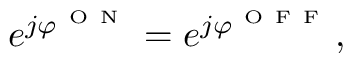
e ^ { j \varphi ^ { \mathrm { ~ O ~ N ~ } } } = e ^ { j \varphi ^ { \mathrm { ~ O ~ F ~ F ~ } } } ,